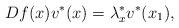
LaTeX: \begin{align*}Df(x)v^*(x)=\lambda^*_xv^*(x_1),\end{align*}